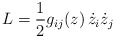
\begin{align*}L = {1 \over 2} g_{ij}(z)\, \dot z_i \dot z_j\end{align*}